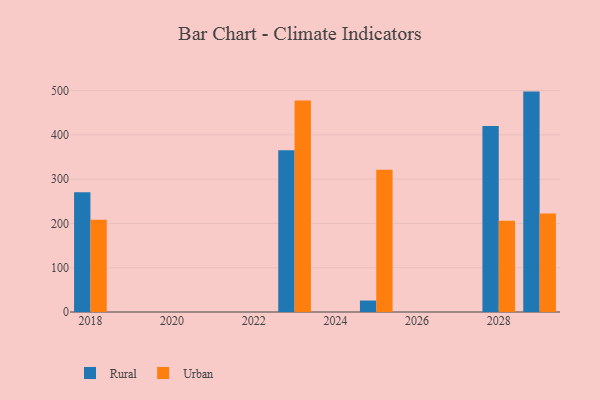
{"axis": {"x": "Year", "y": "Net Income (USD K)"}, "legend": ["Rural", "Urban"], "data": [{"x": "2023", "y": 365.1, "type": "Rural"}, {"x": "2023", "y": 477.9, "type": "Urban"}, {"x": "2029", "y": 497.8, "type": "Rural"}, {"x": "2029", "y": 222.2, "type": "Urban"}, {"x": "2018", "y": 270.3, "type": "Rural"}, {"x": "2018", "y": 208.3, "type": "Urban"}, {"x": "2025", "y": 25.9, "type": "Rural"}, {"x": "2025", "y": 321.1, "type": "Urban"}, {"x": "2028", "y": 420.1, "type": "Rural"}, {"x": "2028", "y": 205.9, "type": "Urban"}]}